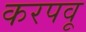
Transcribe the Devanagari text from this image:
करपवू